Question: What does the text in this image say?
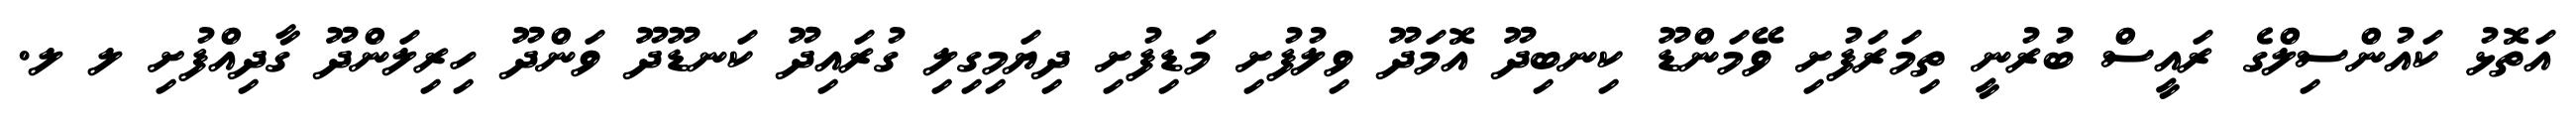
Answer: އަތޮޅު ކައުންސިލްގެ ރައީސް ބުރުނީ ތިމަރަފުށި ވޭމަންޑޫ ކިނބިދޫ އޮމަދޫ ވިލުފުށި މަޑިފުށި ދިޔަމިގިލި ގުރައިދޫ ކަނޑޫދޫ ވަންދޫ ހިރިލަންދޫ ގާދިއްފުށި ލ ލ.